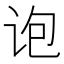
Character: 𰵜